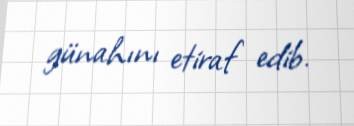
günahını etiraf edib.